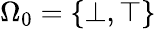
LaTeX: \Omega_{0}=\{ \bot,\top\}